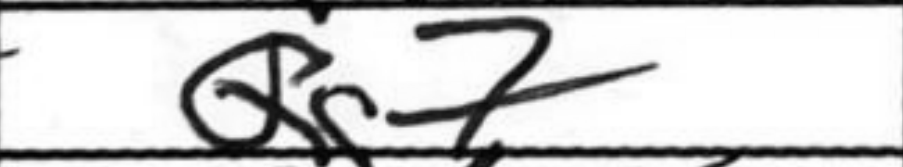
Transcription: Qg7